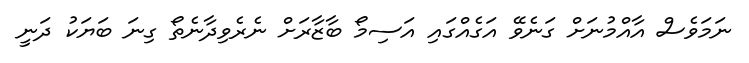
ނަމަވެސް އާއްމުނަށް ގަނެވޭ އަގެއްގައި އަސިމޯ ބާޒާރަށް ނެރެވިދާނެތޯ ގިނަ ބަޔަކު ދަނީ